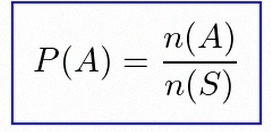
P(A)=\frac{n(A)}{n(S)}